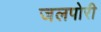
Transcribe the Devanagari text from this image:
जलपोरी